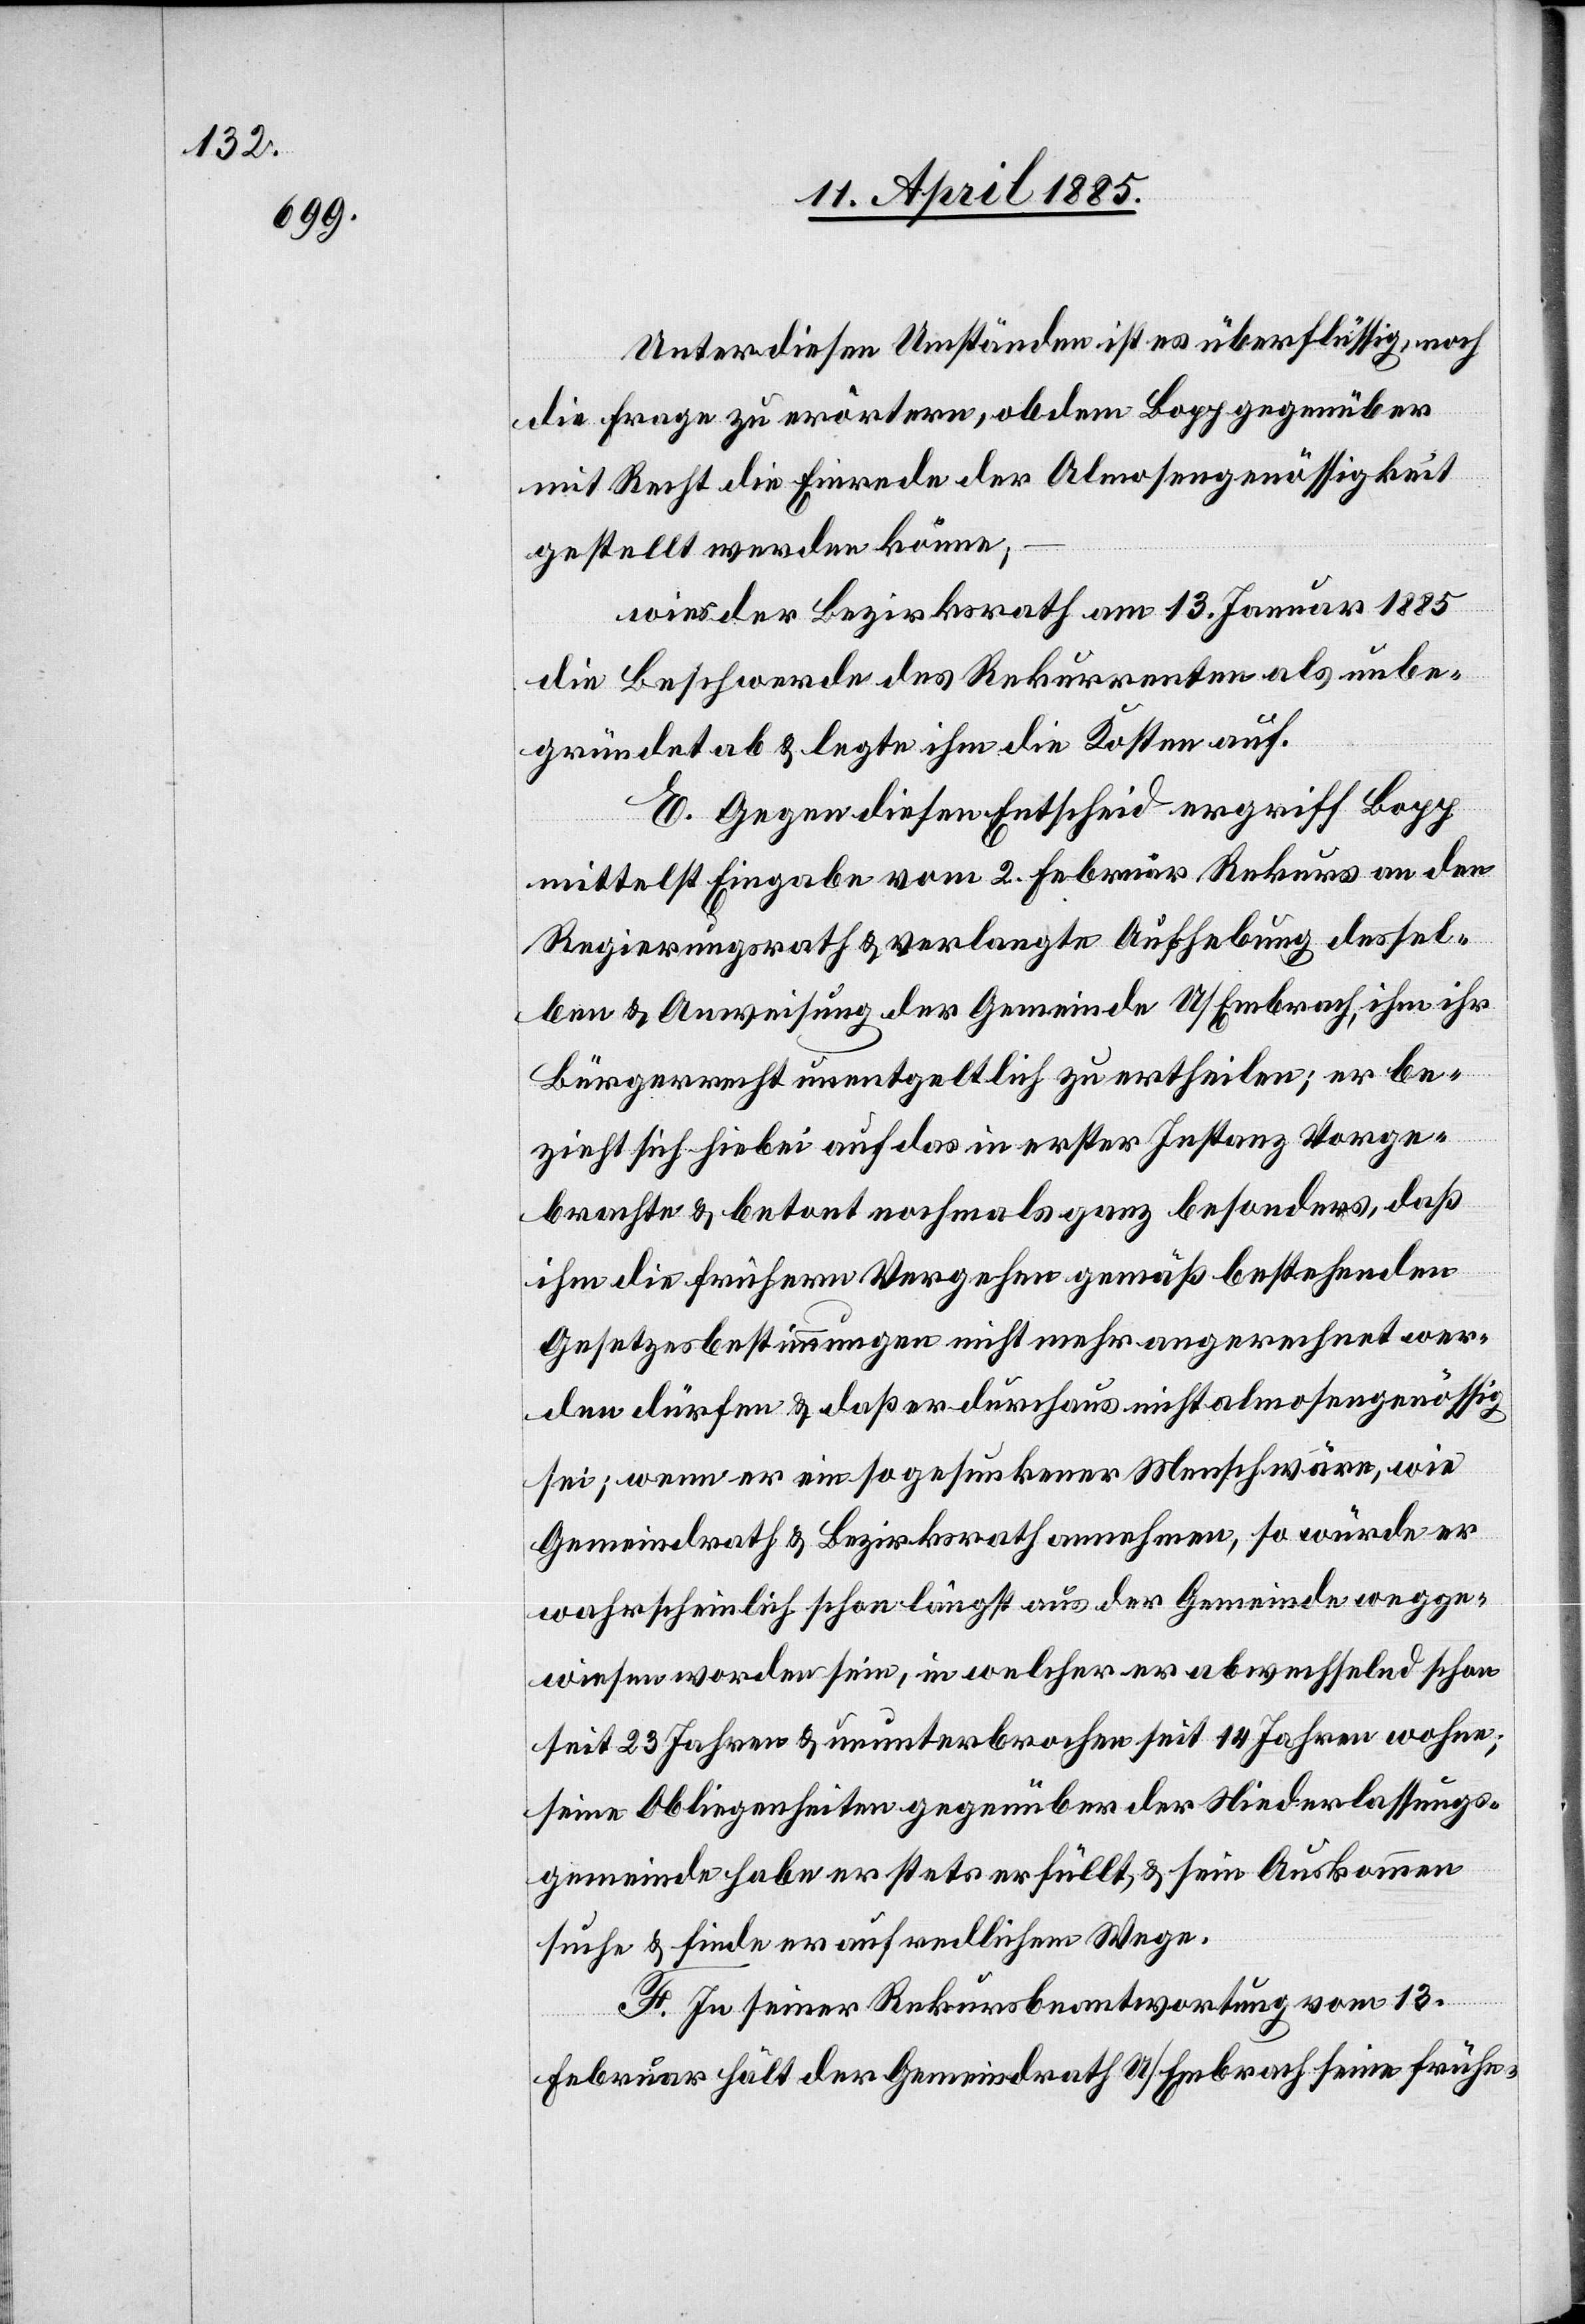
Unter diesen Umständen ist es überflüssig, noch
die Frage zu erörtern, ob dem Bopp gegenüber
mit Recht die Einrede der Almosengenössigkeit
gestellt werden könne,
wies der Bezirksrath am 13. Januar 1885
die Beschwerde des Rekurrenten als unbe¬
gründet ab & legte ihm die Kosten auf.
E. Gegen diesen Entscheid ergreift Bopp
mittelst Eingabe vom 2. Februar Rekurs an den
Regierungsrath & verlangte Aufhebung dessel¬
ben & Anweisung der Gemeinde U/Embrach, ihm ihr
Bürgerrecht unentgeltlich zu ertheilen; er be¬
zieht sich hiebei auf das in erster Instanz Vorge¬
brachte & betont nochmals ganz besonders, daß
ihm die frühern Vorgehen gemäß bestehenden
Gesetzesbestimmungen nicht mehr angerechnet wer¬
den dürfen & daß er durchaus nicht almosengenössig
sei; wenn er ein so gesunkener Mensch wäre, wie
Gemeindrath & Bezirksrath annehmen, so würde er
wahrscheinlich schon längst aus der Gemeinde wegge¬
wiesen worden sein, in welcher er abwechselnd schon
seit 23 Jahren & ununterbrochen seit 14 Jahren wohne;
seine Obliegenheiten gegenüber der Niederlassungs¬
gemeinde habe er stets erfüllt, & sein Auskommen
suche & finde er auf redlichem Wege.
F. In seiner Rekursbeantwortung vom 13.
Februar hält der Gemeindrath U/Embrach seine frühe-